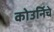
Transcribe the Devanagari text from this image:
कोउर्निचे